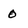
Character: 0